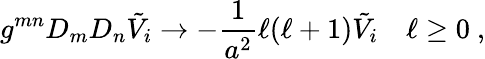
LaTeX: g^{mn}D_{m}D_{n}\tilde{V}_{i}\to-\frac{1}{a^{2}}\ell(\ell+1)\tilde{V}_{i}\quad\ell\geq 0~,